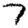
Digit: 7